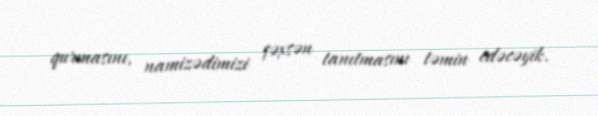
qurmasını, namizədimizi şəxsən tanıtmasını təmin edəcəyik.